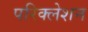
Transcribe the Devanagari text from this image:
परिक्लेशन